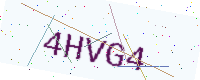
Text: 4HVG4